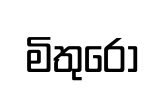
මිතුරෝ